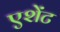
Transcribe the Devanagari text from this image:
एशेंट